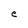
Character: e